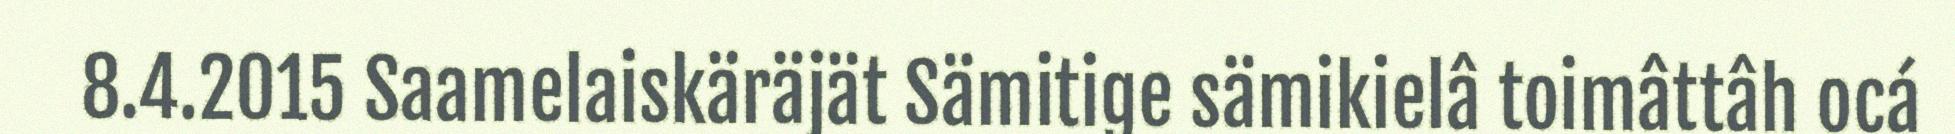
8.4.2015 Saamelaiskäräjät Sämitige sämikielâ toimâttâh ocá